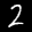
Label: 2